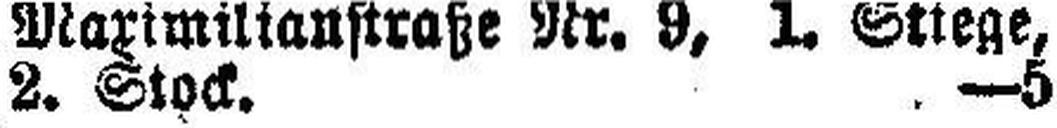
2. Stock. —5